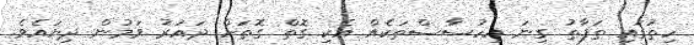
ހިތުގައި ތަފާތު ގިނަ އިހުސާސްތަކެއް އެކި ގޮތް ގޮތަށް ދައުރު ވަމުން ދިޔައެވެ.